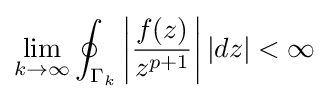
\lim _{k\rightarrow \infty }\oint _{\Gamma _{k}}\left|{\frac {f(z)}{z^{p+1}}}\right||dz|<\infty